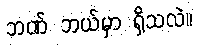
ဘဏ် ဘယ်မှာ ရှိသလဲ။